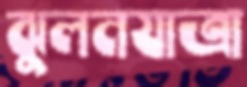
ঝুলনযাত্রা